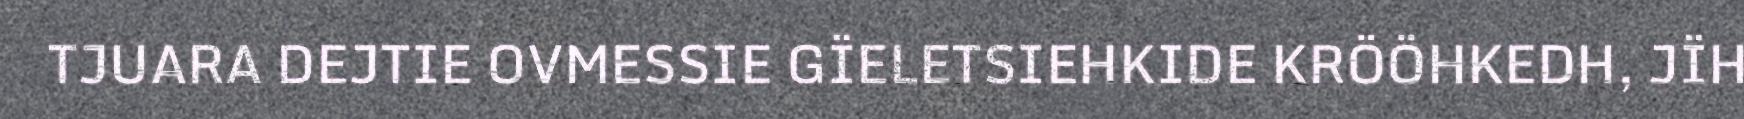
TJUARA DEJTIE OVMESSIE GÏELETSIEHKIDE KRÖÖHKEDH, JÏH